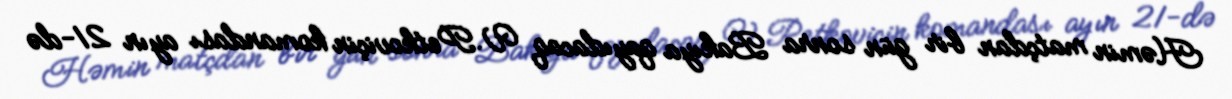
Həmin matçdan bir gün sonra Bakıya qayıdacaq V.Petkoviçin komandası ayın 21-də